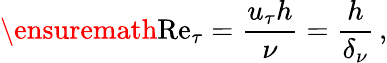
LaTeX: \ensuremath{\mathrm{Re}}_{\tau}=\frac{u_{\tau}h}{\nu}=\frac{h}{\delta_{\nu}}\, ,